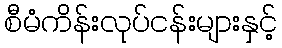
စီမံကိန်းလုပ်ငန်းများနှင့်